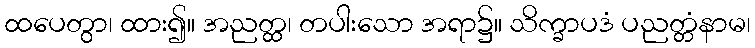
ထပေတွာ၊ ထား၍။ အညတ္ထ၊ တပါးသော အရာ၌။ သိက္ခာပဒံ ပညတ္တံနာမ၊